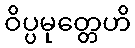
ဝိပ္ပမုတ္တေဟိ